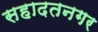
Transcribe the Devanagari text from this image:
सहादतनगर